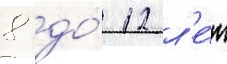
8 до́ 12 л'е́т